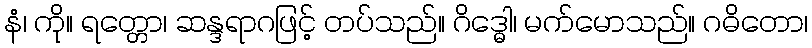
နံ၊ ကို။ ရတ္တော၊ ဆန္ဒရာဂဖြင့် တပ်သည်။ ဂိဒ္ဓေါ၊ မက်မောသည်။ ဂဓိတော၊